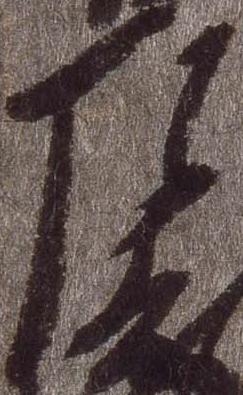
左